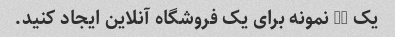
یک UI نمونه برای یک فروشگاه آنلاین ایجاد کنید.